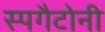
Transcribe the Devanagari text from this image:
स्पगैटोनी